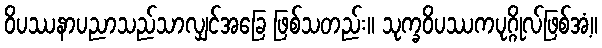
ဝိပဿနာပညာသည်သာလျှင်အခြေ ဖြစ်သတည်း။ သုက္ခဝိပဿကပုဂ္ဂိုလ်ဖြစ်အံ့။